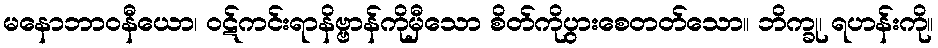
မနောဘာဝနီယော၊ ဝဋ်ကင်းရာနိဗ္ဗာန်ကိုမှီသော စိတ်ကိုပွားစေတတ်သော။ ဘိက္ခု၊ ရဟန်းကို။